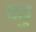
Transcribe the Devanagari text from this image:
वहु